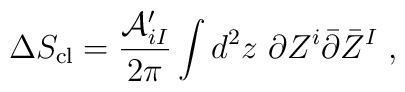
\Delta S_{\rm cl}= {{\cal A}_{iI}' \over 2\pi }\int d^2z   ~ \partial Z^i \bar \partial   \bar Z^I  \;,